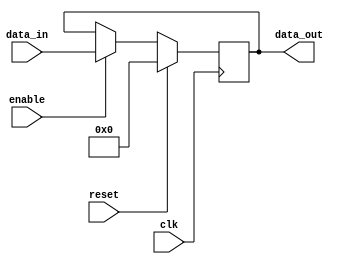
module register(
  input wire clk,
  input wire reset,
  input wire enable,
  input wire [7:0] data_in,
  output reg [7:0] data_out
);

  reg [7:0] internal_data;

  always @(posedge clk) begin
    if (reset) begin
      internal_data <= 8'b00000000;
    end else if (enable) begin
      internal_data <= data_in;
    end
  end

  assign data_out = internal_data;

endmodule